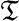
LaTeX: \mathfrak{T}